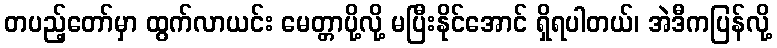
တပည့်တော်မှာ ထွက်လာယင်း မေတ္တာပို့လို့ မပြီးနိုင်အောင် ရှိရပါတယ်၊ အဲဒီကပြန်လို့